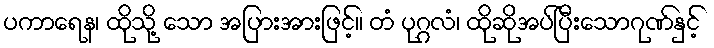
ပကာရေန၊ ထိုသို့ သော အပြားအားဖြင့်။ တံ ပုဂ္ဂလံ၊ ထိုဆိုအပ်ပြီးသောဂုဏ်နှင့်